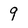
Character: 9